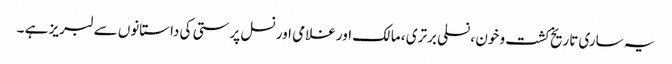
یہ ساری تاریخ کشت و خون ، نسلی برتری ، مالک اور غلامی اور نسل پرستی کی داستانوں سے لبریز ہے ۔